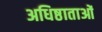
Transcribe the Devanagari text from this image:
अधिष्ठाताओं